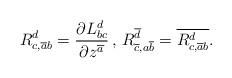
LaTeX: \begin{align*}R^d_{c,\overline{a}b}=\frac{\partial L^d_{bc}}{\partial z^{\overline{a}}}\,,\,R^{\overline{d}}_{\overline{c},a\overline{b}}=\overline{R^d_{c,\overline{a}b}}.\end{align*}